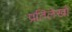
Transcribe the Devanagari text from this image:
प्रतिलेखों